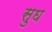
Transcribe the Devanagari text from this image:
सुघ